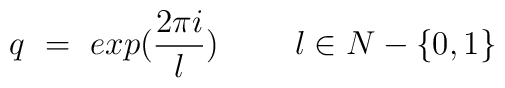
q~=~exp(\frac{2 \pi i}{l})~~~~~~~ l \in N -\{0,1\}